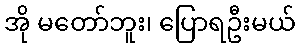
အို မတော်ဘူး၊ ပြောရဦးမယ်